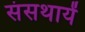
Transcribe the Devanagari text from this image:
संसथायें